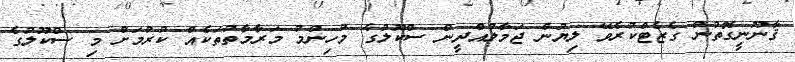
ޤާނޫނީގޮތުން ގެޒެޓްކުރެވޭ ލިޔުން ޖަމާލުއްދީން ސްކޫލުގެ މުހިންމު މަރާމާތުތަކެއް ކުރުމަށް މި ސްކޫލުގެ